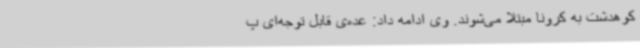
کوهدشت به کرونا مبتلا می‌شوند. وی ادامه داد: عده‌ی قابل توجه‌ای پ